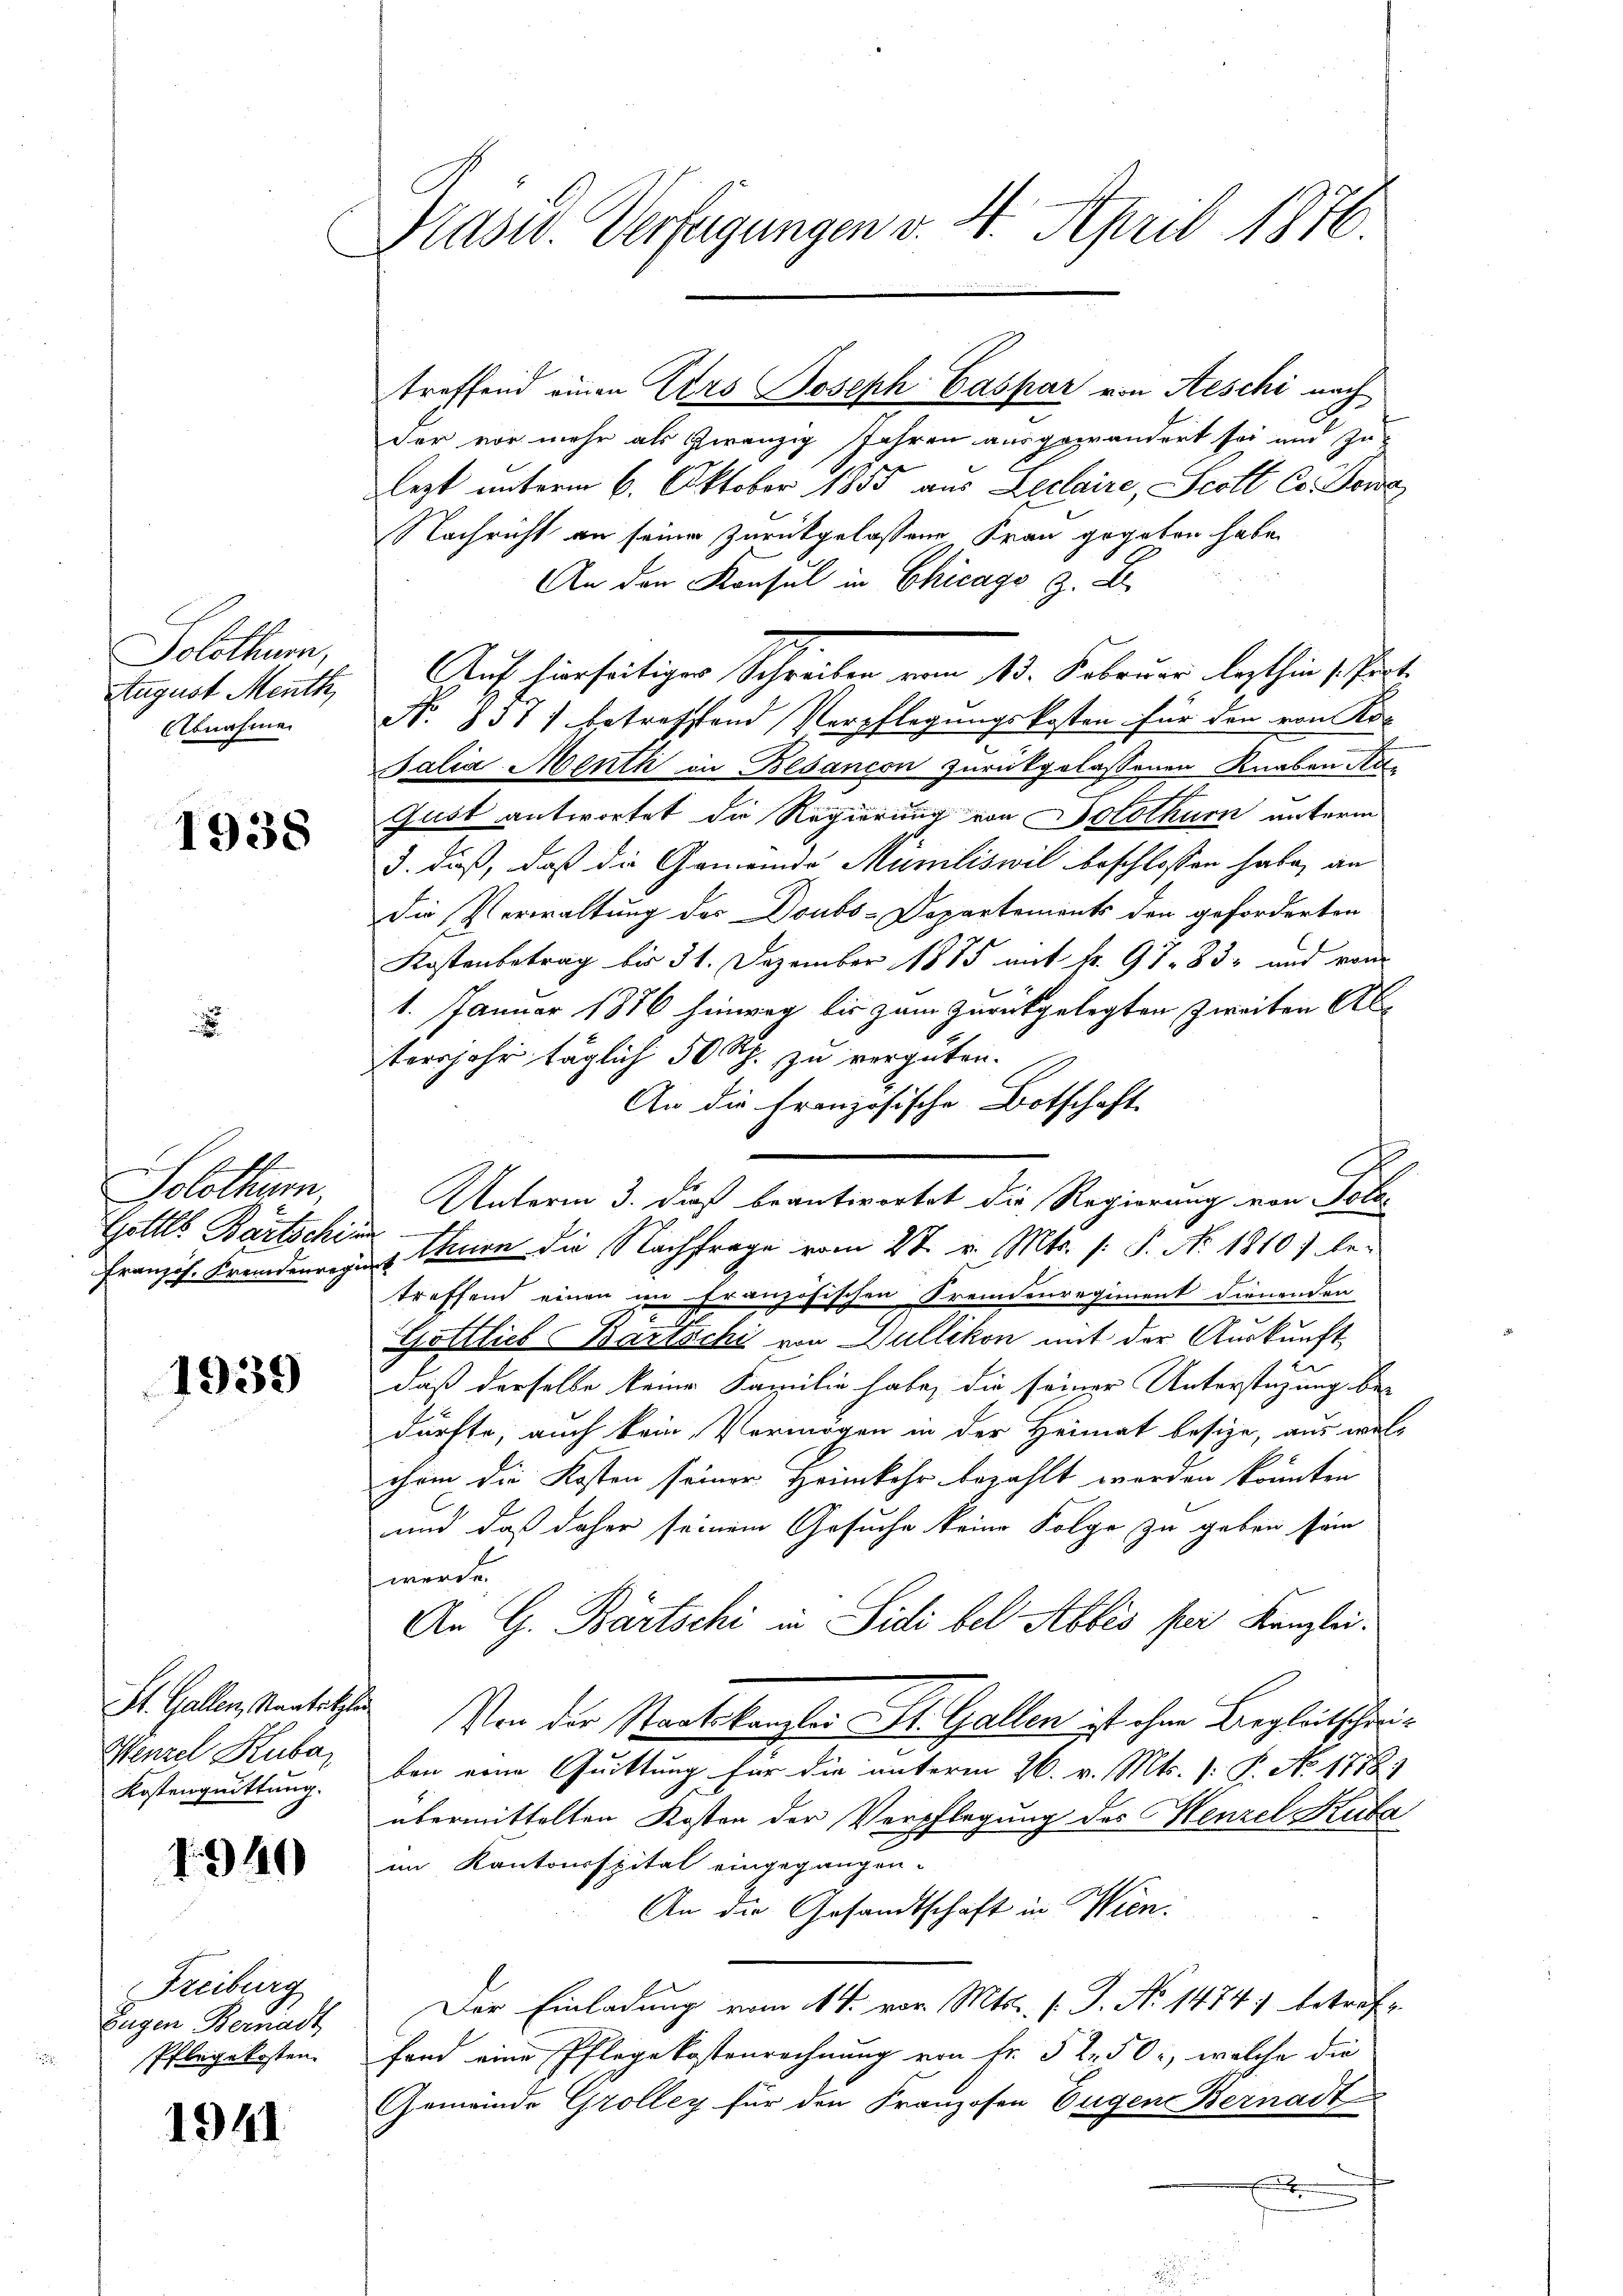
Solothur,
August Menth
Abnahme

1938

Solothur
Gotter Bertschie

1939

St. Gallen, Staatsetzli
Wenzel Kubar
Kostenquittung.

1940

Freiburg
Eugen Bernadt
Pflegekosten.

1941

Präsid. Verfügungen v. 4. April 1876.

der vor mehr als zwanzig Jahren ausgewändert sei und zu-
lezt unterm 6. Oktober 1855 aus Leclaire, Scott Co. Dona
Nachricht an seiner Zurückgelassene Frau gegeben habe.
An den Konsul in Chicago z. E
Auf hierseitiger Schreiben vom 13. Februar lezthin 1 Part.
N. 857) betrefftend Verpflegungskosten für den von Ko-
Salia Menth in Besançon zurückgelassenen Knaben Re¬
Gust antwortet die Regierung von Solothurn unterm
3. daß, daß die Gemeinde Mäniliswil beschlossen habe, an
die Verwaltung des Doubs-Departements den geforderten
Kostenbetrag bis 31. Dezember 1885 mit fr. 97. 83 und vom
1. Januar 1876 hinweg bis zum zurückgelegten zweiten Abtersjahr täglich 50 Rp. zu vergüten.
An die Französische Botschaft
Unterm 3. dieß beantwortet die Regierung von Tota¬
u
Französ. Freidmangen Stern die Nachfrage vom 2t v. Mts. (: P. Nr. 1810 f betreffend einen im Französischen Fremdenregiment dienenden
Gottlieb Bartschi von Dullikon mit der Auskunft
daß derselbe keine Familie habe, die seiner Unterstüzung bei
dürfte, auch kein Vermögen in der Heimat besize, aus wel
chein die Kosten seiner Heimkehr bezahlt werden könnten
und daß daher seinem Gesuche keine Folge zu geben sein
werde.
An G. Bartschi in Sidi bel Abbes per Kanzlei.
Von der Staatskanzlei St. Gallen ist ihme Begleitschreiben eine Quittung für die unterm 26. v. Mts. (: P. No 1178)
übermittelten Kosten der Verpflegung des Henzel Kuba
en Kantonsspital eingegangen.
An die Gesandtschaft in Wien.
Der Einladung vom 14. vor. Mts. v. J. No 1474) betreffand eine Pflegekostenrechnung von Fr. 52. 50, welche die
Gemeinde Grolleg für den Franzosen Eugen Bernadt

treffend einen Urs Joseph Caspar von Aeschi nach